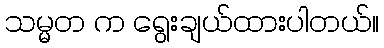
သမ္မတ က ရွေးချယ်ထားပါတယ်။